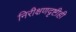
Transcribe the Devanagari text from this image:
निरीक्षणदृष्टीही